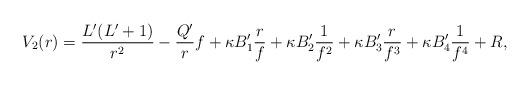
LaTeX: \begin{align*} V_2(r) = \frac{L'(L'+1)}{r^2} - \frac{Q'}{r}f + \kappa B'_1 \frac{r}{f} + \kappa B'_2 \frac{1}{f^2} + \kappa B'_3 \frac{r}{f^3} + \kappa B'_4 \frac{1}{f^4} + R,\end{align*}